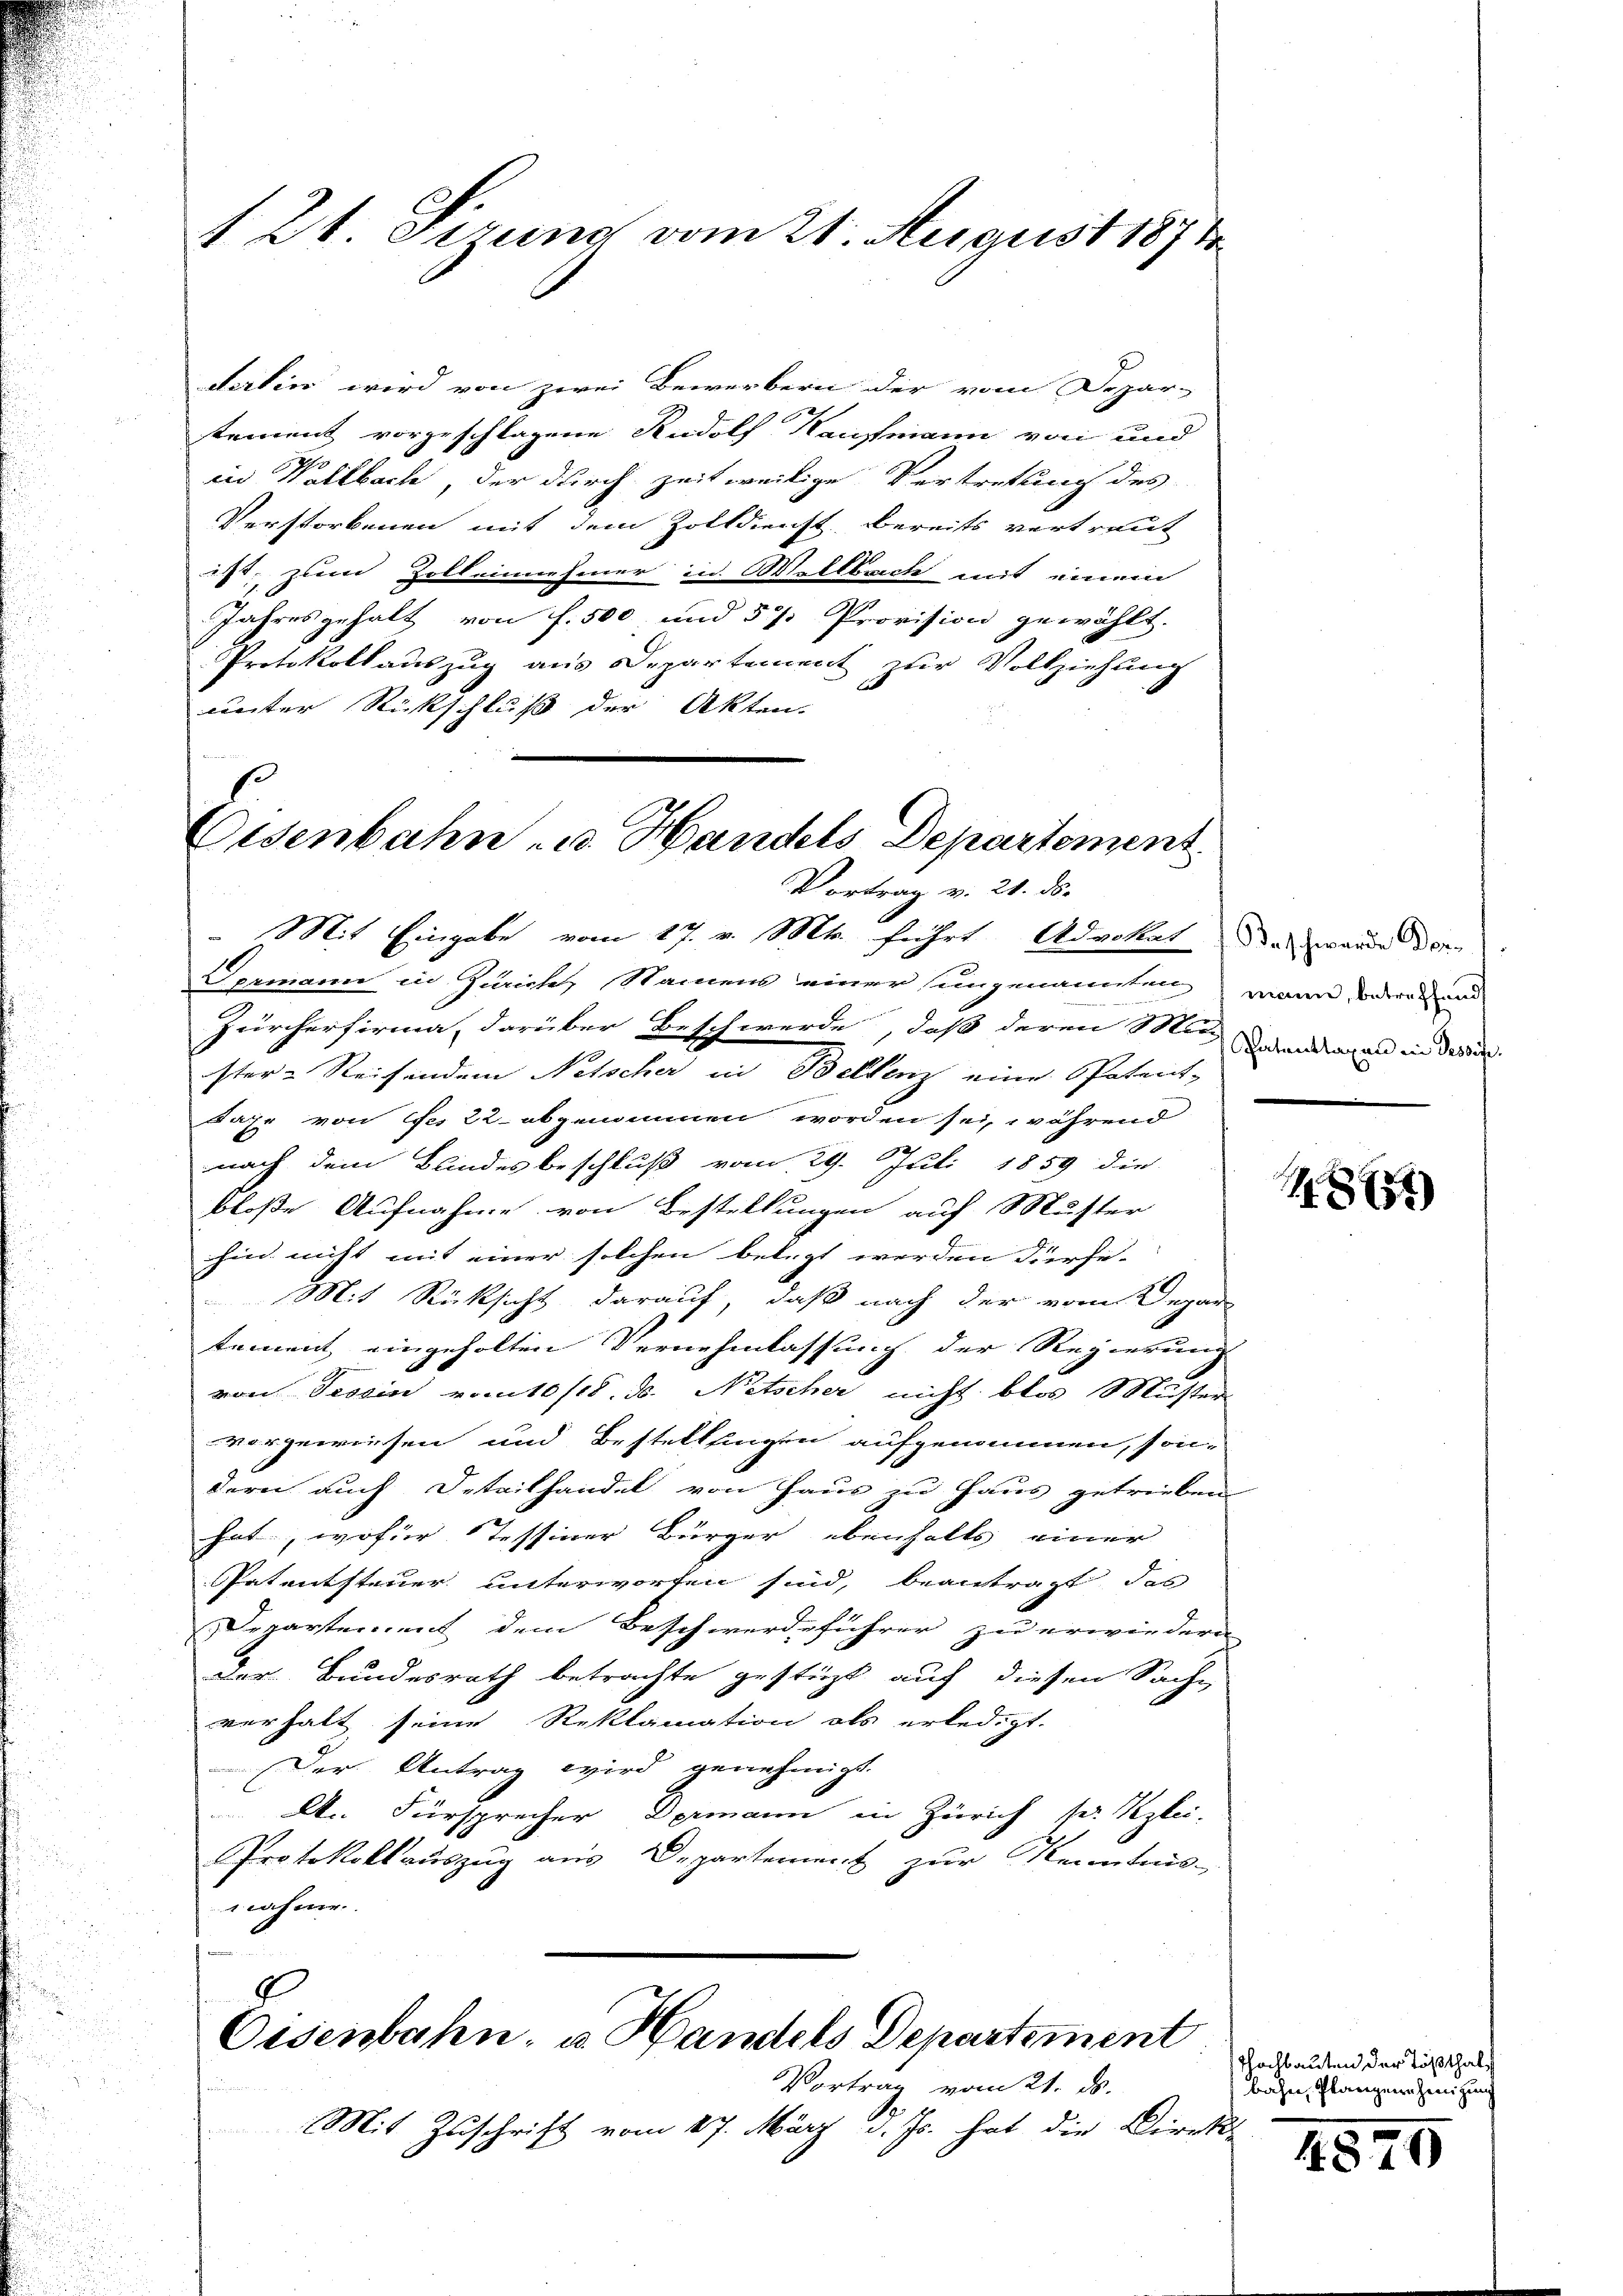
12t. Ferung vom 21. August 1871

Vortrag v. 21. ds.

derlin wird von zwei Bewerbern der vom Depar-
tement vorgeschlagene Rudolf Kaufmann von und
I
in Hallbach, der durch zeitweilige Vertretung des
Verstorbenen mit dem Zolldienst bereits vertraut
ist, zum Zolleinnehmer in Wellbach mit einem
Jahresgehalt von f. 500 und 57. Provision gewählt.
Protokollauszug aus Departement zur Vollziehung
unter Rückschluß der Akten.
Eisenbahn u. Handels Departement

Mit Eingabe vom 17. v. Mts. führt Advokat das werde dor¬
Germann in Zürich, Namens einer singenannten waren, da deren und
Zürcherfirma darüber Beschwerde, daß deren Mi
ster- Reisendem Netscher in Bellenz eine Patent-
Dahr von des 22. abgenommen worden sei, während
nach dem Blindesbeschluß vom 29. Juli 1859 die
bloße Aufnahme von Bestellungen auf Muster
hin nicht mit einer solchen belegt werden derse-
 Mit Rücksicht darauf, daß nach der vom Depar
tement eingeholten Vernehmlassung der Regierung
von Tessin vom 10/18. d. Netscher nicht blos Muster
vorgewiesen und Bestellfingen aufgenommen, son-
dern auch Deteilhandel von Haus zu Haus getrieben
hat, wofür Tessiner Bürger ebenhalts einer
Patentsteuer unterworfen sind, beantragt, das
Departement dem Beschwerdeführer zu erwiedern
der Bundesrath betrachte gestüzt auf diesen Sache
verhalt seine Reklamation als erledigt.
Der Antrag wird genehmigt.
A. Fürsprecher Dermann in Zürich ser Klei-
Protokollauszug aus Departement zur Kenntnis-
nahme.

F
Eisenbahn, u. Handels Departement

Vortrag vom 21. ds.
Mit Zuschrift vom 27. März d. Js. hat die Direk-

Patenttaxen in Tessifi

1851)

Thochbauten der Tößthal
bahn, Planzen Zenitzung

4570